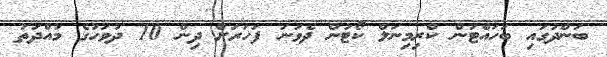
ބަންދުގައި ބަހައްޓަން ކްރިމިނަލް ކޯޓުން ދެވަނަ ފަހަރަށް ދިން 10 ދުވަހުގެ މުއްދަތު